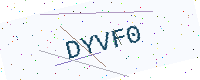
Text: DYVF0